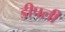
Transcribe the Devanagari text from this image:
डीपली